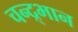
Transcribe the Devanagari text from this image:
चन्द्र्भान